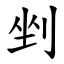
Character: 剉